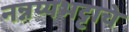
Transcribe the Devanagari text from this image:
नन्नय्यभट्टाचे